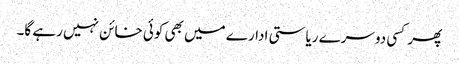
پھر کسی دوسرے ریاستی ادارے میں بھی کوئی خائن نہیں رہے گا۔